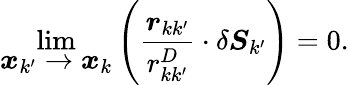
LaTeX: \operatorname*{lim}_{\displaystyle\boldsymbol{x}_{k^{\prime}}\rightarrow\boldsymbol{x}_{k}}\left(\frac{\boldsymbol{r}_{kk^{\prime}}}{r_{kk^{\prime}}^{D}}\cdot\delta\boldsymbol{S}_{k^{\prime}}\right)=0.